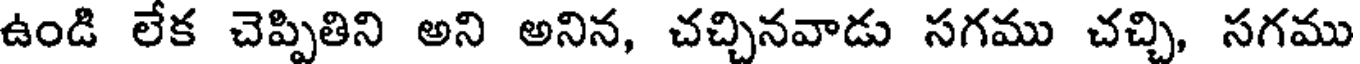
ఉండి లేక చెప్పితిని అని అనిన, చచ్చినవాడు సగము చచ్చి, సగము